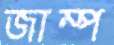
জাম্প